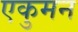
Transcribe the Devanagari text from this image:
एकुमन